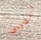
انحراف